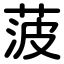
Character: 菠